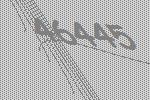
46445